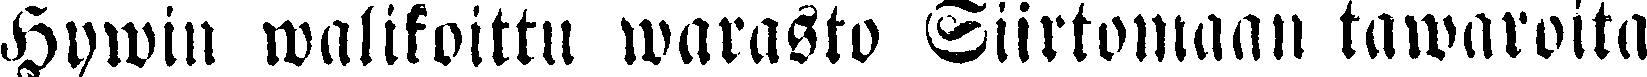
Hywin walikoittu warasto Siirtomaan tawaroita